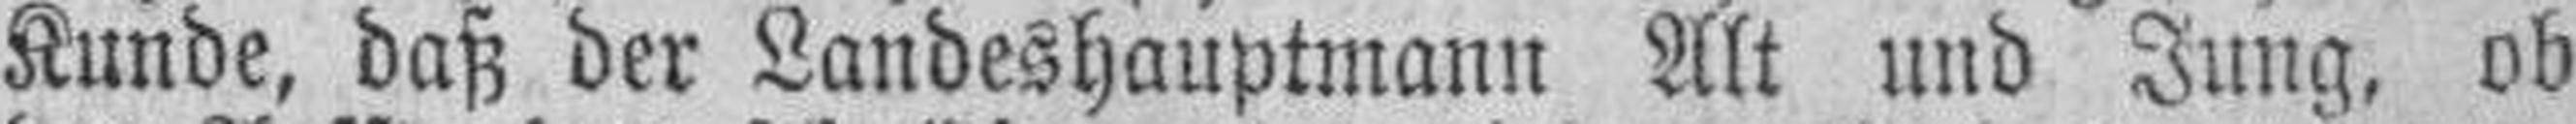
Kunde, daß der Landeshauptmann Alt und Jung, ob